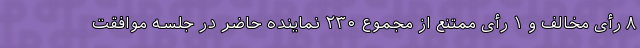
۸ رأی مخالف و ۱ رأی ممتنع از مجموع ۲۳۰ نماینده حاضر در جلسه موافقت